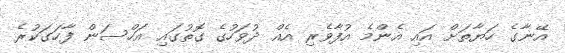
އޭނާގެ ހަޔާތަށް އައި އެންމެ އުފާވެރި އެއް ދުވަހުގެ ގޮތުގައި އަހްސަން ފާހަަގަކުރެ